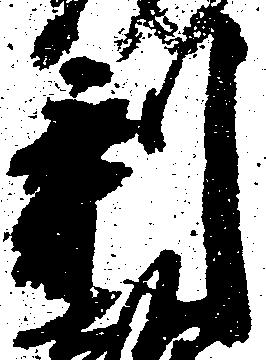
剰